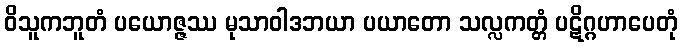
ဝိသူကဘူတံ ပယောဇ္ဇဿ မုသာဝါဒဘယာ ပယာတော သလ္လကတ္တံ ပဋိဂ္ဂဟာပေတုံ